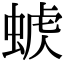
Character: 𧌭